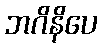
ဘဂိနိပေ